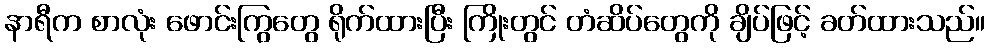
နာရီက စာလုံး ဖောင်းကြွတွေ ရိုက်ထားပြီး ကြိုးတွင် တံဆိပ်တွေကို ချိပ်ဖြင့် ခတ်ထားသည်။